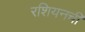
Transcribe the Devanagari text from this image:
रशियनची